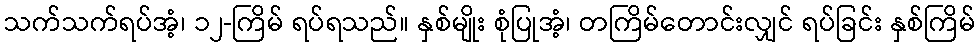
သက်သက်ရပ်အံ့၊ ၁၂-ကြိမ် ရပ်ရသည်။ နှစ်မျိုး စုံပြုအံ့၊ တကြိမ်တောင်းလျှင် ရပ်ခြင်း နှစ်ကြိမ်